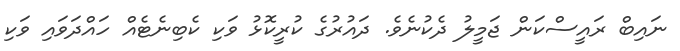
ނައިބް ރައީސްކަން ޖަމީލު ދެކުނެވެ. ދައުރުގެ ކުރީކޮޅު ވަކި ކެބިނެޓެއް ހައްދަވައި ވަކި